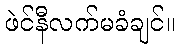
ဖဲင်နီလက်မခံချင်။